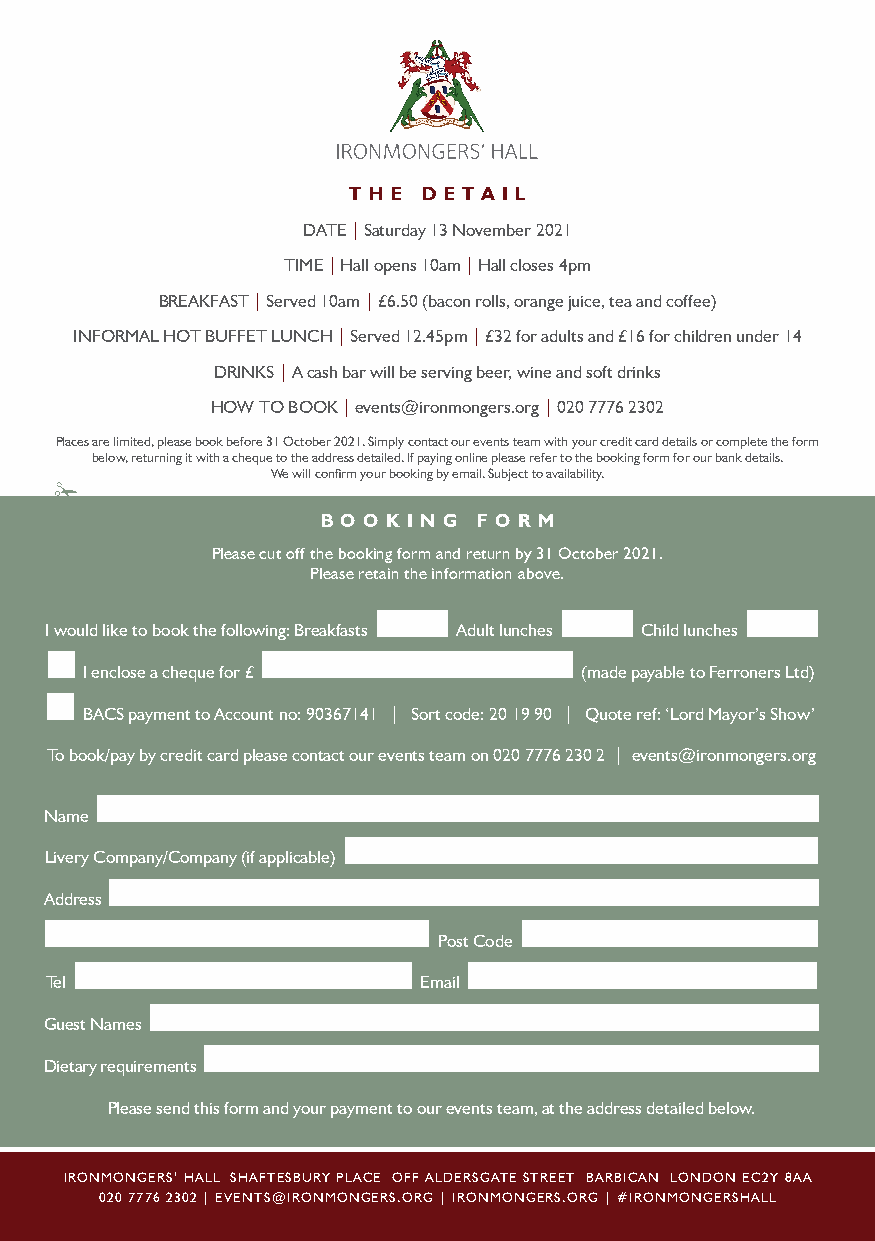
T H E D E T A I L
 DATE | Saturday 13 November 2021
 TIME | Hall opens 10am | Hall closes 4pm
 BREAKFAST | Served 10am | £6.50 (bacon rolls, orange juice, tea and coffee)
 INFORMAL HOT BUFFET LUNCH | Served 12.45pm | £32 for adults and £16 for children under 14
 DRINKS | A cash bar will be serving beer, wine and soft drinks
 HOW TO BOOK | events@ironmongers.org | 020 7776 2302
 Places are limited, please book before 31 October 2021. Simply contact our events team with your credit card details or complete the form
 below, returning it with a cheque to the address detailed. If paying online please refer to the booking form for our bank details.
 We will confirm your booking by email. Subject to availability.
 B O O K I N G F O R M
 Please cut off the booking form and return by 31 October 2021.
 Please retain the information above.
 I would like to book the following: Breakfasts Adult lunches Child lunches
 I enclose a cheque for £        (made payable to Ferroners Ltd)
 BACS payment to Account no: 90367141 | Sort code: 20 19 90 | Quote ref: ‘Lord Mayor’s Show’
 To book/pay by credit card please contact our events team on 020 7776 230 2 | events@ironmongers.org
 Name
 Livery Company/Company (if applicable)
 Address
 Post Code
 Tel                      Email
 Guest Names
 Dietary requirements
 Please send this form and your payment to our events team, at the address detailed below.
 IRONMONGERS’ HALL SHAFTESBURY PLACE OFF ALDERSGATE STREET BARBICAN LONDON EC2Y 8AA
 020 7776 2302 | EVENTS@IRONMONGERS.ORG | IRONMONGERS.ORG | #IRONMONGERSHALL